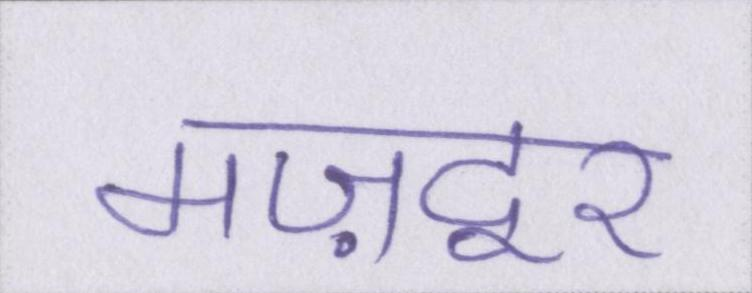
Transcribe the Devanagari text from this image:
मज़दूर